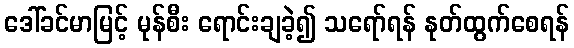
ဒေါ်ခင်မာမြင့် မုန်စီး ရောင်းချခဲ့၍ သရော်ရန် နုတ်ထွက်စေရန်